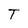
Character: T